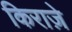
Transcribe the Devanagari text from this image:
किराज़े